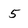
Character: 5